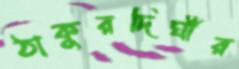
ঠাকুরদিঘীর